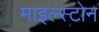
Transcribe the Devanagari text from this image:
माइल्स्टोन